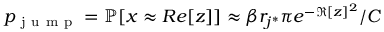
p _ { \mathrm { ~ j ~ u ~ m ~ p ~ } } = \mathbb { P } [ x \approx R e [ z ] ] \approx \beta r _ { j ^ { * } } \pi e ^ { - \Re [ z ] ^ { 2 } } / C